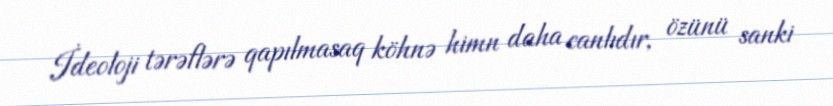
İdeoloji tərəflərə qapılmasaq köhnə himn daha canlıdır, özünü sanki